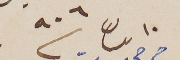
١٠ نيسان سنة ٩٠٦